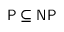
\mathsf { P \subseteq N P }